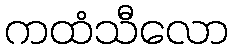
ကထံသီလော